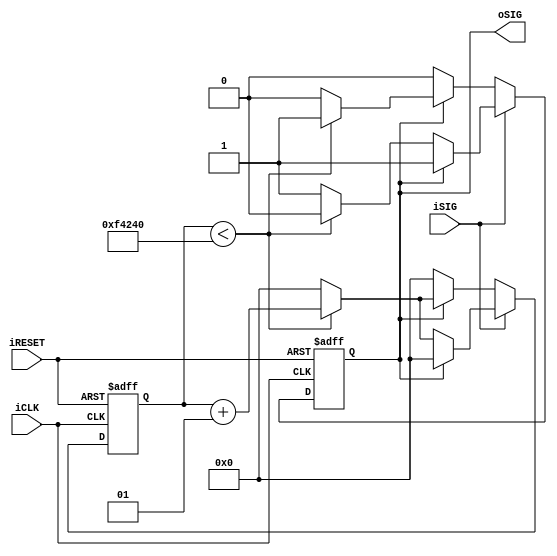

///////////////////////////////////////////////////////////////////////////////
// debounce # (
//     .pCLKS(32'd 1_000_000) // number of clocks to count before signal is "stable"
// ) debounce_inst (
//     .iCLK(), .iRESET(), .oSIG(), .iSIG()
// );
///////////////////////////////////////////////////////////////////////////////

`timescale 1ns / 1ps

module debounce # (
  parameter pCLKS = 32'd 1_000_000) // around 20-50ms works OK for a button; 2-10us could work for an asynchronous machine source
(
  input iCLK,
  input iRESET, // active high reset
  input iSIG,
  output reg oSIG
);

integer debounceCtr = 0;

always @(posedge iCLK or posedge iRESET) begin
    if (iRESET)
    begin
        debounceCtr <= 0;
        oSIG <= 0;
    end
    else if (iSIG)
    begin // iSIG trying to go high
        if (!oSIG)
        begin // output low, increment counter
            if (debounceCtr < pCLKS)
            begin
                debounceCtr <= debounceCtr + 1;
                oSIG <= 0;
            end
            else
            begin
                debounceCtr <= 0;
                oSIG <= 1;
            end
        end
        else
        begin // output already high, do nothing
            debounceCtr <= 0;
        end
    end
    else
    begin // iSIG trying to go low
        if (oSIG)
        begin
            if (debounceCtr < pCLKS)
            begin // output high, increment counter
                debounceCtr <= debounceCtr + 1;
                oSIG <= 1;
            end
            else
            begin
                debounceCtr <= 0;
                oSIG <= 0;
            end
        end
        else
        begin // output already low, do nothing
            debounceCtr <= 0;
        end
    end
end

endmodule